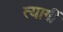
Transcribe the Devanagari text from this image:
त्यागीं